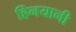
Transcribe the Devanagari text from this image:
हिनयानी